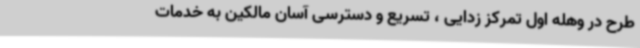
طرح در وهله اول تمرکز زدایی ، تسریع و دسترسی آسان مالکین به خدمات